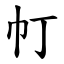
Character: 帄